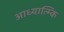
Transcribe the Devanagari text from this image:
आध्यात्म्कि